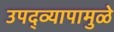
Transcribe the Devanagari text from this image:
उपद्व्यापामुळे